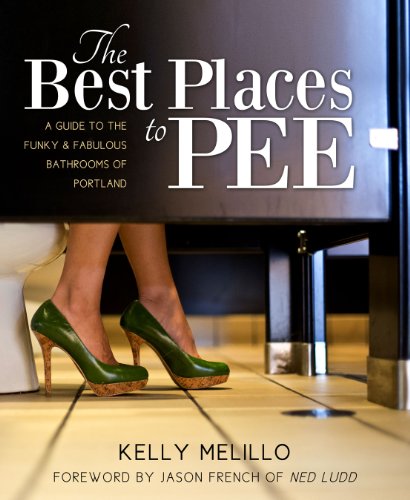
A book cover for The Best Places To Pee: A Guide To The Funky & Fabulous Bathrooms of Portland; Kelly Melillo; Travel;